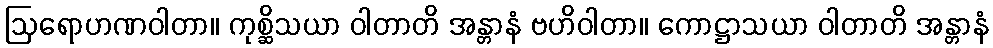
ဩရောဟဏဝါတာ။ ကုစ္ဆိသယာ ဝါတာတိ အန္တာနံ ဗဟိဝါတာ။ ကောဋ္ဌာသယာ ဝါတာတိ အန္တာနံ